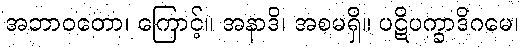
အဘာဝတော၊ ကြောင့်။ အနာဒိ၊ အစမရှိ။ ပဋိပက္ခာဒိဂမေ၊